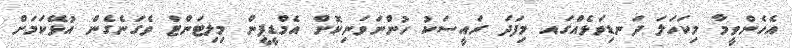
އެހެންވީމާ މިކަހަލަ ދަނޑިވަޅެއްގައ މިފަދަ ރައީސަކު ހުންނަވަނިކޮށް އެމްޑީޕީން މިލިޓަންޓް ވެގަނެގެން އުޅޭކަމަށް